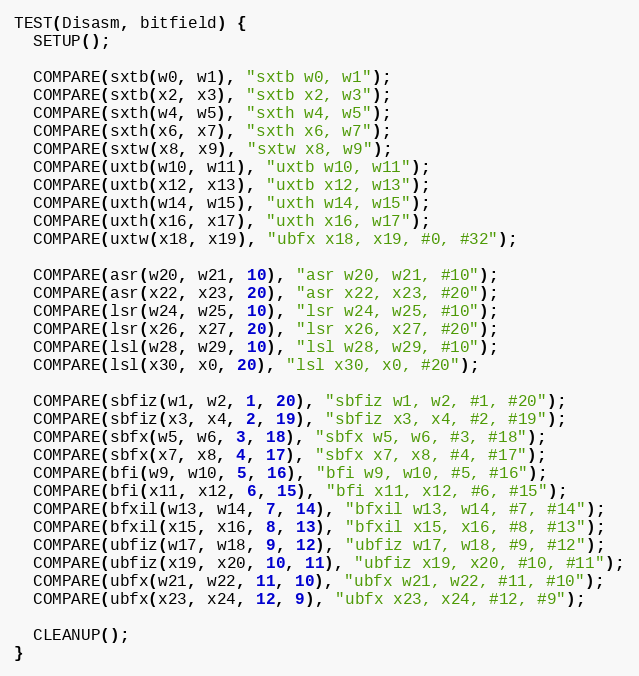
Language: C++
TEST(Disasm, bitfield) {
  SETUP();

  COMPARE(sxtb(w0, w1), "sxtb w0, w1");
  COMPARE(sxtb(x2, x3), "sxtb x2, w3");
  COMPARE(sxth(w4, w5), "sxth w4, w5");
  COMPARE(sxth(x6, x7), "sxth x6, w7");
  COMPARE(sxtw(x8, x9), "sxtw x8, w9");
  COMPARE(uxtb(w10, w11), "uxtb w10, w11");
  COMPARE(uxtb(x12, x13), "uxtb x12, w13");
  COMPARE(uxth(w14, w15), "uxth w14, w15");
  COMPARE(uxth(x16, x17), "uxth x16, w17");
  COMPARE(uxtw(x18, x19), "ubfx x18, x19, #0, #32");

  COMPARE(asr(w20, w21, 10), "asr w20, w21, #10");
  COMPARE(asr(x22, x23, 20), "asr x22, x23, #20");
  COMPARE(lsr(w24, w25, 10), "lsr w24, w25, #10");
  COMPARE(lsr(x26, x27, 20), "lsr x26, x27, #20");
  COMPARE(lsl(w28, w29, 10), "lsl w28, w29, #10");
  COMPARE(lsl(x30, x0, 20), "lsl x30, x0, #20");

  COMPARE(sbfiz(w1, w2, 1, 20), "sbfiz w1, w2, #1, #20");
  COMPARE(sbfiz(x3, x4, 2, 19), "sbfiz x3, x4, #2, #19");
  COMPARE(sbfx(w5, w6, 3, 18), "sbfx w5, w6, #3, #18");
  COMPARE(sbfx(x7, x8, 4, 17), "sbfx x7, x8, #4, #17");
  COMPARE(bfi(w9, w10, 5, 16), "bfi w9, w10, #5, #16");
  COMPARE(bfi(x11, x12, 6, 15), "bfi x11, x12, #6, #15");
  COMPARE(bfxil(w13, w14, 7, 14), "bfxil w13, w14, #7, #14");
  COMPARE(bfxil(x15, x16, 8, 13), "bfxil x15, x16, #8, #13");
  COMPARE(ubfiz(w17, w18, 9, 12), "ubfiz w17, w18, #9, #12");
  COMPARE(ubfiz(x19, x20, 10, 11), "ubfiz x19, x20, #10, #11");
  COMPARE(ubfx(w21, w22, 11, 10), "ubfx w21, w22, #11, #10");
  COMPARE(ubfx(x23, x24, 12, 9), "ubfx x23, x24, #12, #9");

  CLEANUP();
}